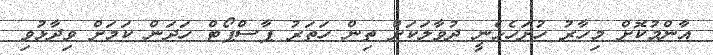
އާންމުކޮށް މިހާރު ހުށަހެޅެނީ ދުވާލަކަށް ތިން ހަތަރު ޕާސްޕޯޓް ހަދަން ކަމަށް ވިދާޅުވި